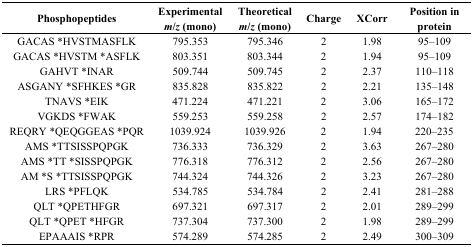
| Phosphopeptides | Experimental m/z (mono) | Theoretical m/z (mono) | Charge | XCorr | Position in protein |
 | --- | --- | --- | --- | --- | --- |
 | GACAS *HVSTMASFLK | 795.353 | 795.346 | 2 | 1.98 | 95–109 |
 | GACAS *HVSTM *ASFLK | 803.351 | 803.344 | 2 | 1.94 | 95–109 |
 | GAHVT *INAR | 509.744 | 509.745 | 2 | 2.37 | 110–118 |
 | ASGANY *SFHKES *GR | 835.828 | 835.822 | 2 | 2.21 | 135–148 |
 | TNAVS *EIK | 471.224 | 471.221 | 2 | 3.06 | 165–172 |
 | VGKDS *FWAK | 559.253 | 559.258 | 2 | 2.57 | 174–182 |
 | REQRY *QEQGGEAS *PQR | 1039.924 | 1039.926 | 2 | 1.94 | 220–235 |
 | AMS *TTSISSPQPGK | 736.333 | 736.329 | 2 | 3.63 | 267–280 |
 | AMS *TT *SISSPQPGK | 776.318 | 776.312 | 2 | 2.56 | 267–280 |
 | AM *S *TTSISSPQPGK | 744.324 | 744.326 | 2 | 3.23 | 267–280 |
 | LRS *PFLQK | 534.785 | 534.784 | 2 | 2.41 | 281–288 |
 | QLT *QPETHFGR | 697.321 | 697.317 | 2 | 2.01 | 289–299 |
 | QLT *QPET *HFGR | 737.304 | 737.300 | 2 | 1.98 | 289–299 |
 | EPAAAIS *RPR | 574.289 | 574.285 | 2 | 2.49 | 300–309 |